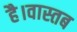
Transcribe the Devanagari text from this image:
है।वास्तब